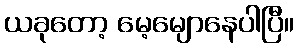
ယခုတော့ မေ့မျောနေပါပြီ။